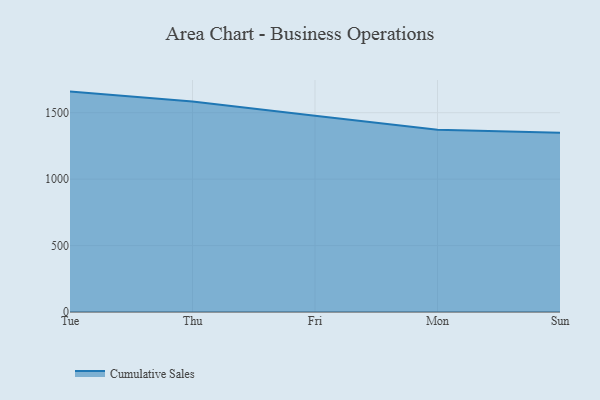
{"axis": {"x": "Day", "y": "LTV (USD)"}, "legend": ["Cumulative Sales"], "data": [{"x": "Tue", "y": 1659.0, "type": "Cumulative Sales"}, {"x": "Thu", "y": 1583.9, "type": "Cumulative Sales"}, {"x": "Fri", "y": 1477.7, "type": "Cumulative Sales"}, {"x": "Mon", "y": 1371.4, "type": "Cumulative Sales"}, {"x": "Sun", "y": 1349.8, "type": "Cumulative Sales"}]}